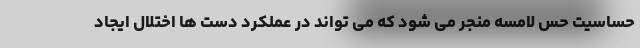
حساسیت حس لامسه منجر می شود که می تواند در عملکرد دست ها اختلال ایجاد